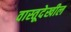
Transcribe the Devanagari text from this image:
वास्तूदेखील